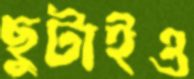
ছুটাইও